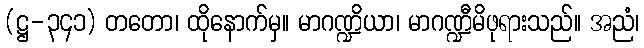
(ဋ္ဌ-၃၄၁) တတော၊ ထိုနောက်မှ။ မာဂဏ္ဍိယာ၊ မာဂဏ္ဍီမိဖုရားသည်။ အညံ၊